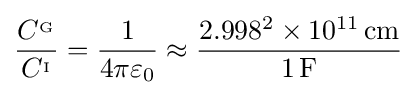
{\frac {C^{_{\mathrm {G} }}}{C^{_{\mathrm {I} }}}}={\frac {1}{4\pi \varepsilon _{0}}}\approx {\frac {2.998^{2}\times 10^{11}\,\mathrm {cm} }{1\,\mathrm {F} }}